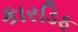
કારડિફ